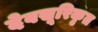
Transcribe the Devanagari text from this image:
देवसूरिकृत